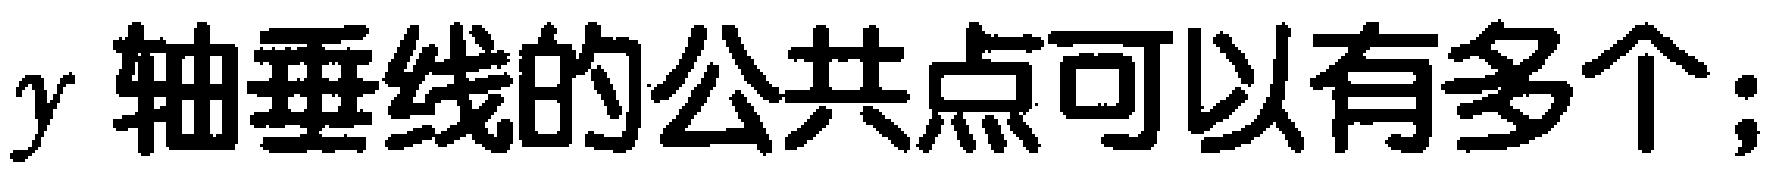
$y轴垂线的公共点可以有多个；$